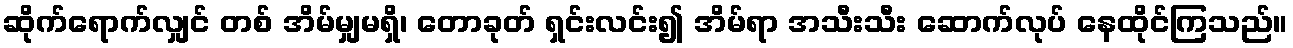
ဆိုက်ရောက်လျှင် တစ် အိမ်မျှမရှိ၊ တောခုတ် ရှင်းလင်း၍ အိမ်ရာ အသီးသီး ဆောက်လုပ် နေထိုင်ကြသည်။